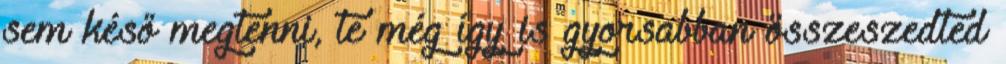
sem késő megtenni, te még így is gyorsabban összeszedted